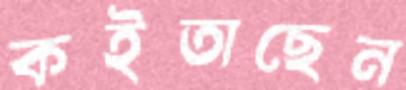
কইতাছেন